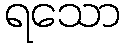
ရသော